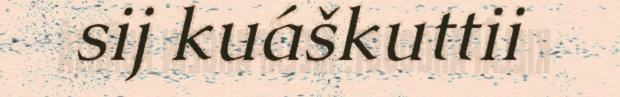
sij kuáškuttii